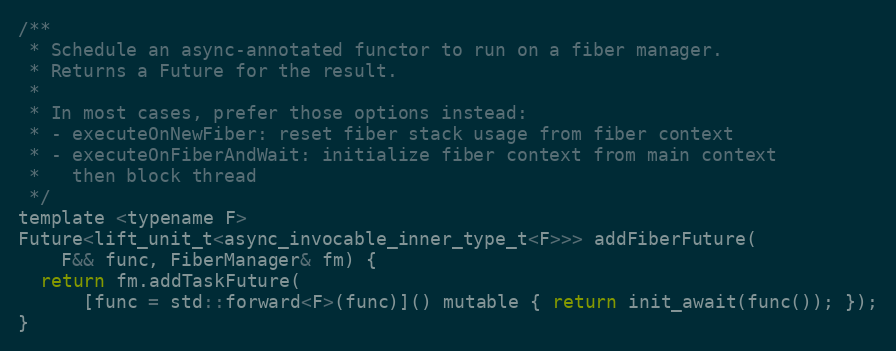
Language: C
/**
 * Schedule an async-annotated functor to run on a fiber manager.
 * Returns a Future for the result.
 *
 * In most cases, prefer those options instead:
 * - executeOnNewFiber: reset fiber stack usage from fiber context
 * - executeOnFiberAndWait: initialize fiber context from main context
 *   then block thread
 */
template <typename F>
Future<lift_unit_t<async_invocable_inner_type_t<F>>> addFiberFuture(
    F&& func, FiberManager& fm) {
  return fm.addTaskFuture(
      [func = std::forward<F>(func)]() mutable { return init_await(func()); });
}